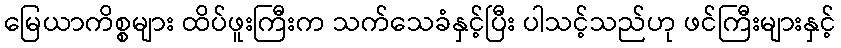
မြေယာကိစ္စများ ထိပ်ဖူးကြီးက သက်သေခံနှင့်ပြီး ပါသင့်သည်ဟု ဖင်ကြီးများနှင့်